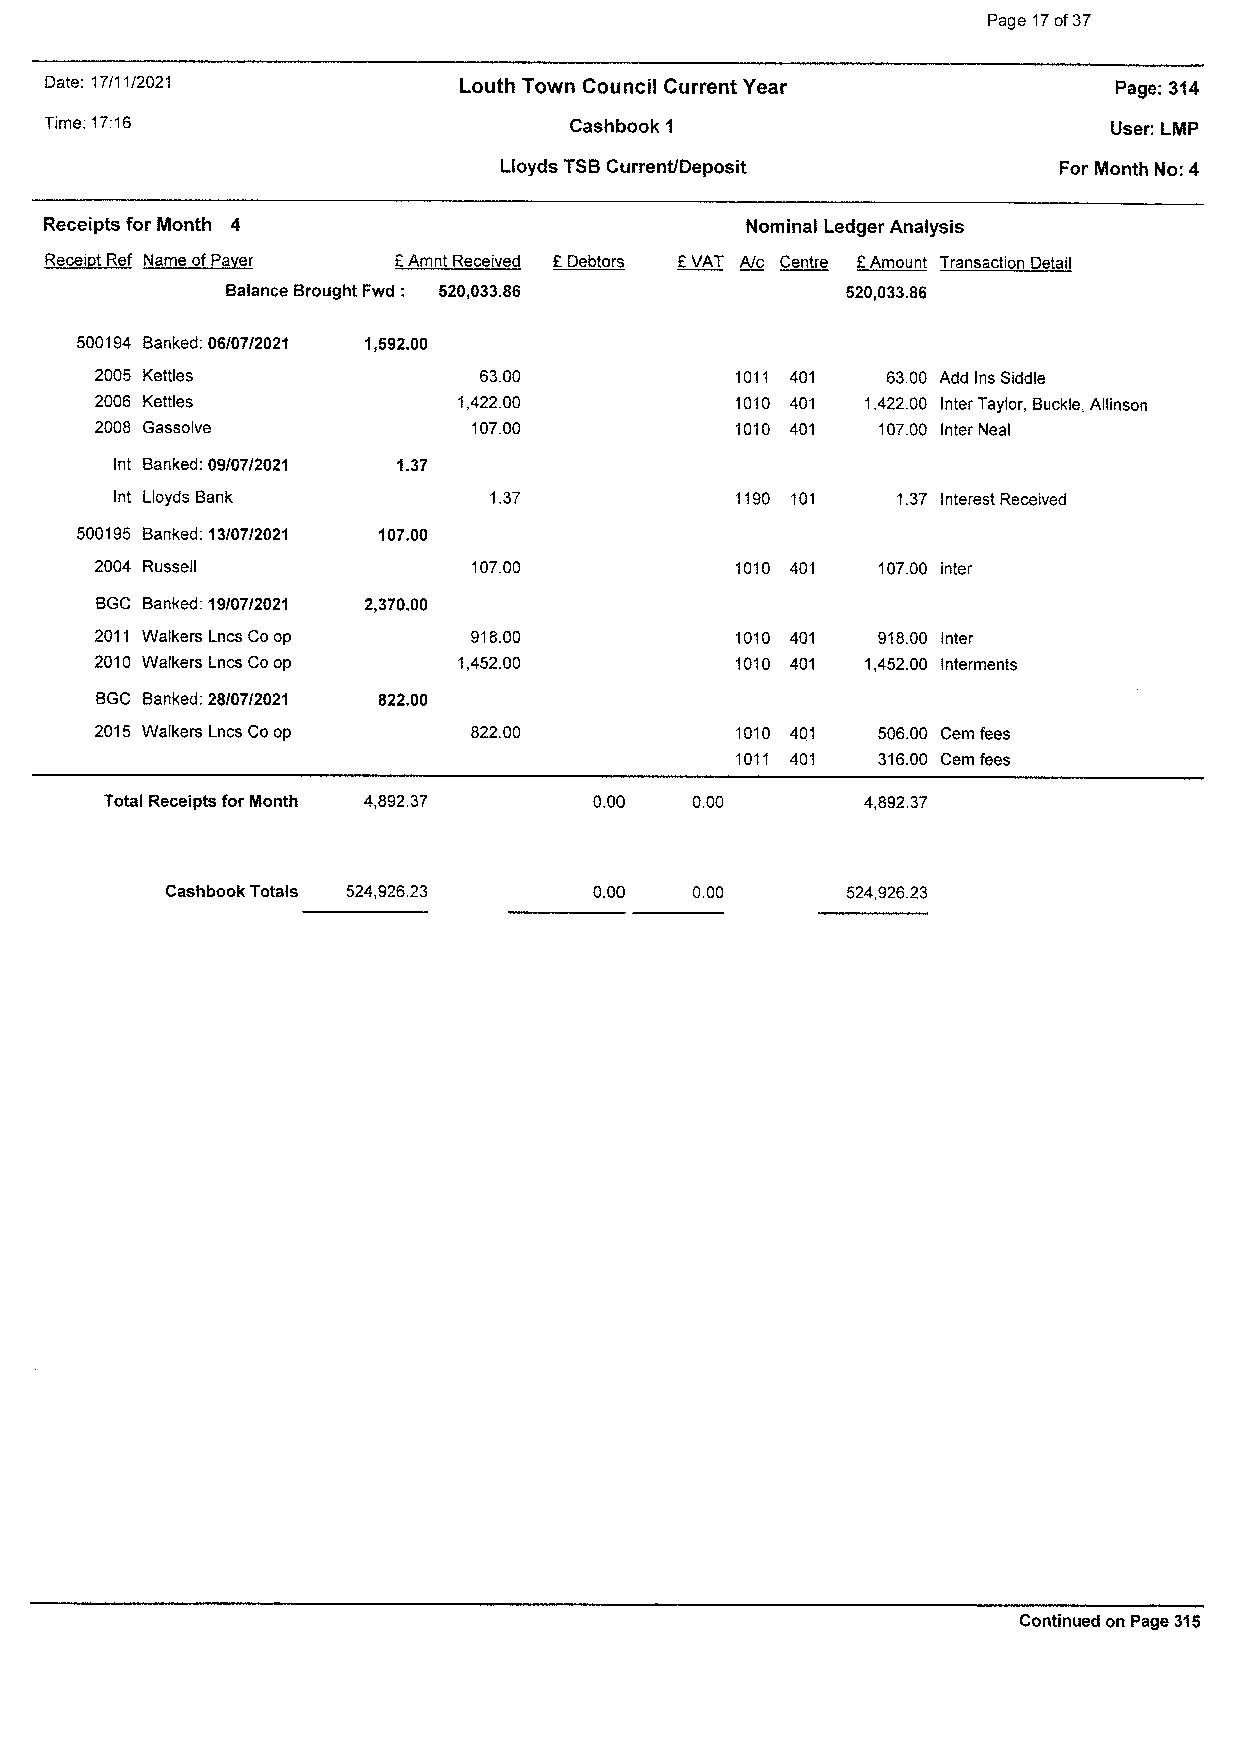
Page 17 of 37
 Date: 17/11/2021           Louth Town Council Current Year            Page:314
 Time: 17:16                       Cashbook 1                          User: LMP
 Lloyds TSB Current/Deposit           For Month No: 4
 Receipts for Month 4                          Nominal Ledger Analysis
 Receipt Ref Name of Paver £ Amnt Received £ Debtors £ VAT A/c Centre £ Amount Transaction Detail
 Balance Brought Fwd : 520,033.86         520,033.86
 500194 Banked: 06/07/2021 1,592.00
 2005     Kettles    63.00                 1011 401 63.00 AddlnsSiddle
 2006   Kettles   1,422.00                 1010 401 1,422.00 Inter Taylor, Buckle, Allinson
 2008   Gassolve     107.00                1010 401 107.00 Inter Neal
 Int Banked: 09/07/2021 1.37
 Int Lloyds    Bank    1.37               1190 101 1.37 Interest Received
 500195 Banked: 13/07/2021 107.00
 2004    Russell    107.00                 1010 401 107.00 inter
 BGC Banked: 19/07/2021 2,370.00
 2011 Walkers Lncs Co op 918.00            1010 401 918.00 Inter
 2010 Walkers Lncs Co op 1,452.00          1010 401 1,452.00 Interments
 BGC Banked: 28/07/2021 822.00
 2015 Walkers Lncs Co op 822.00            1010 401 506.00 Oem fees
 1011 401 316.00 Cem fees
 Total Receipts for Month 4,892.37 0.00 0.00       4,892.37
 Cashbook Totals 524,926.23  0.00  0.00       524,926.23
 Continued on Page 315